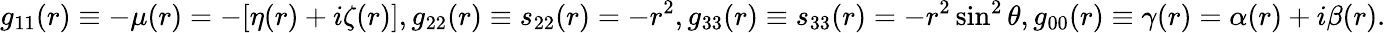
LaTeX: g_{11}(r)\equiv-\mu(r)=-[\eta(r)+i\zeta(r)],g_{22}(r)\equiv s_{22}(r)=-r^{2},g_{33}(r)\equiv s_{33}(r)=-r^{2}\sin^{2}\theta,g_{00}(r)\equiv\gamma(r)=\alpha(r)+i\beta(r).